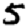
Digit: 5